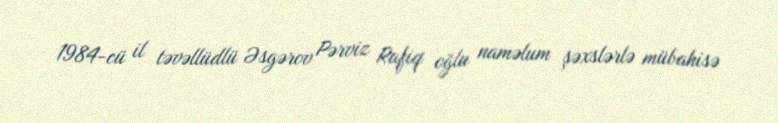
1984-cü il təvəllüdlü Əsgərov Pərviz Rafiq oğlu naməlum şəxslərlə mübahisə